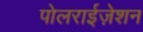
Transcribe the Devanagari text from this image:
पोलराईज़ेशन